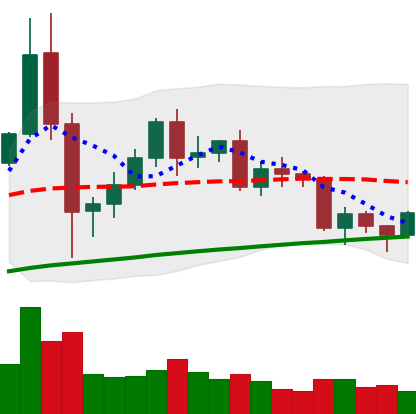
Ticker: BNB-USD
Chart end date: 2020-12-12
Forward return: 7.171%
Label: up_7plus